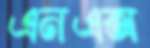
এনএক্স